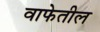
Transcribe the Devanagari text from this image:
वाफेतील